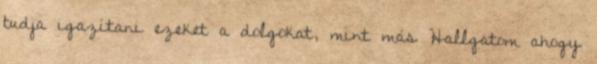
tudja igazítani ezeket a dolgokat, mint más Hallgatom ahogy